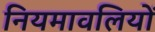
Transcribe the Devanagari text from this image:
नियमावलियों